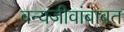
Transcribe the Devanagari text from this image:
वन्यजीवांबाबत